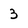
Character: 3